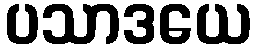
ပသာဒယေ